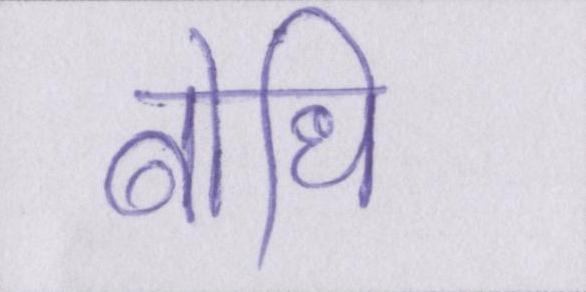
बोधि